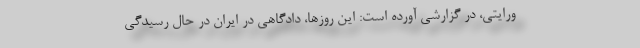
ورایتی، در گزارشی آورده است: این روزها، دادگاهی در ایران در حال رسیدگی